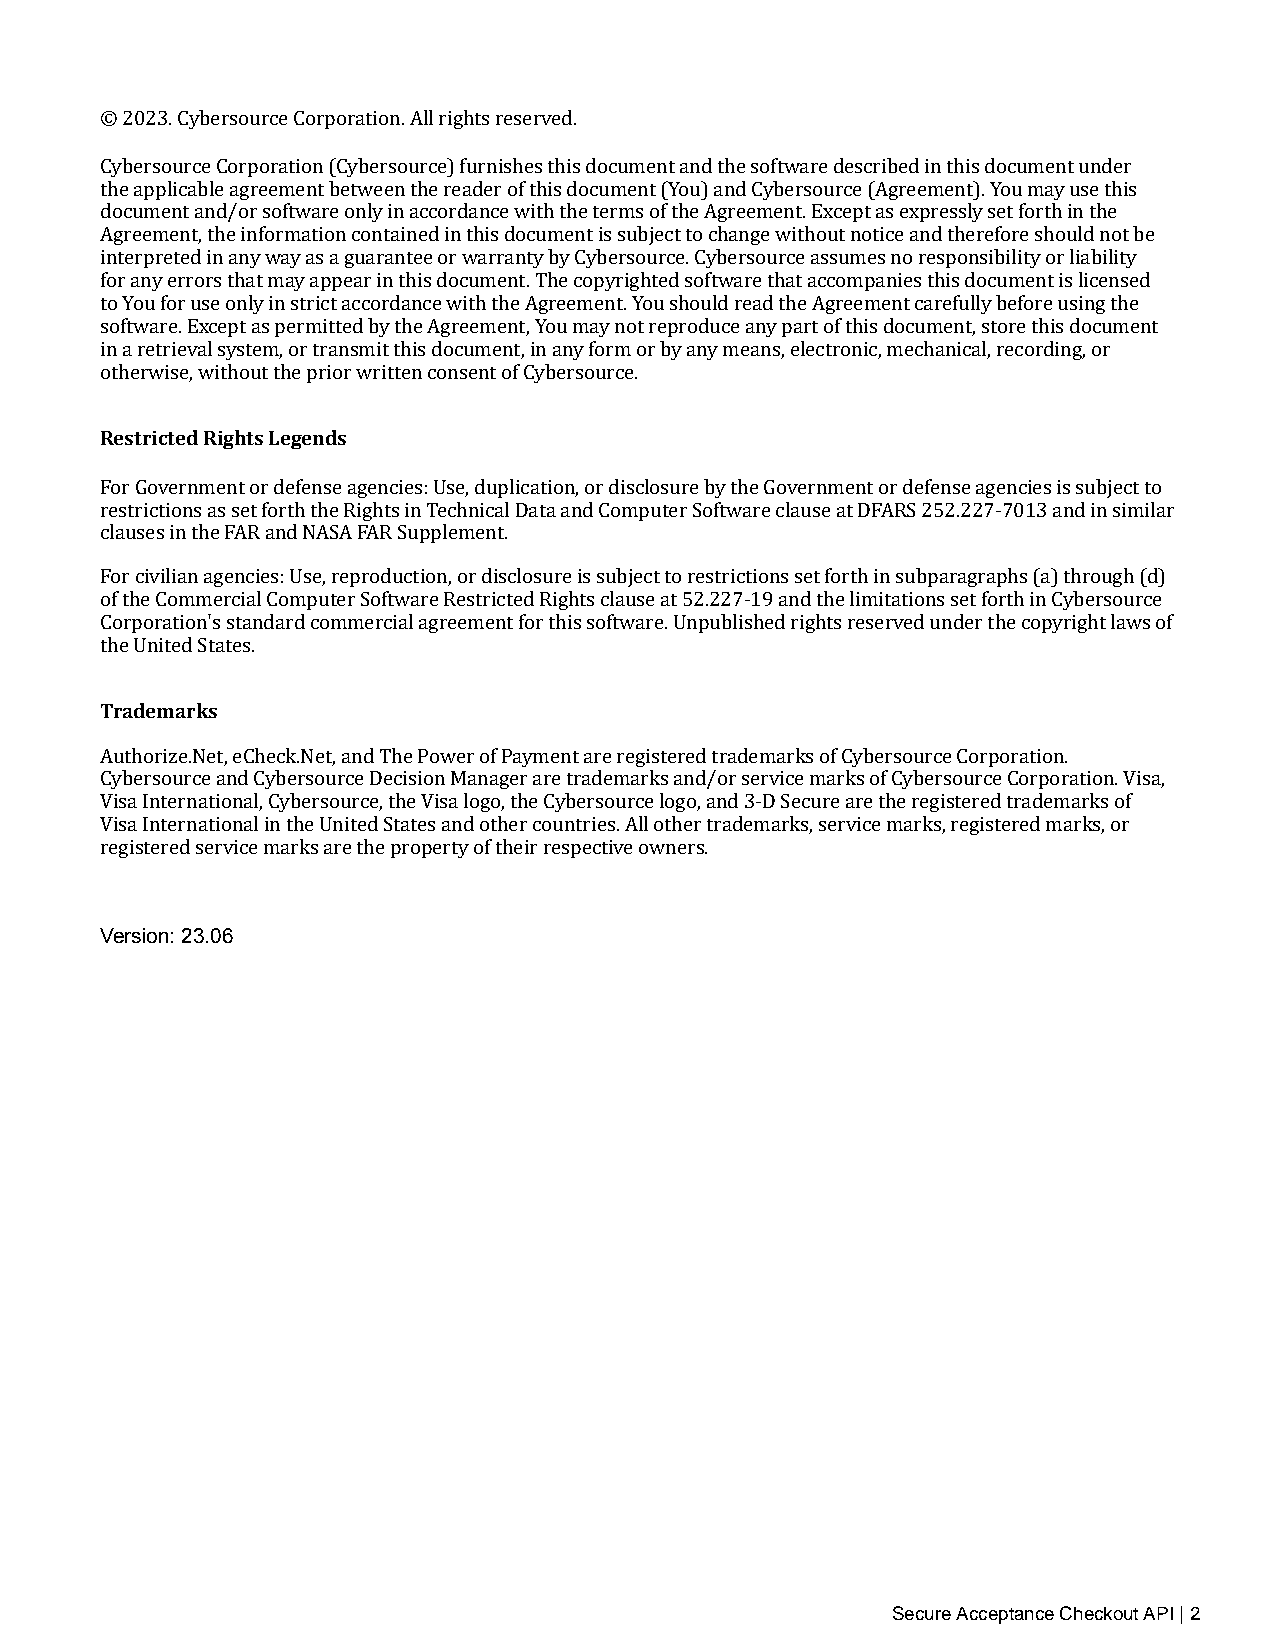
© 2023. Cybersource Corporation. All rights reserved.
 Cybersource Corporation (Cybersource) furnishes this document and the software described in this document under
 the applicable agreement between the reader of this document (You) and Cybersource (Agreement). You may use this
 document and/or software only in accordance with the terms of the Agreement. Except as expressly set forth in the
 Agreement, the information contained in this document is subject to change without notice and therefore should not be
 interpreted in any way as a guarantee or warranty by Cybersource. Cybersource assumes no responsibility or liability
 for any errors that may appear in this document. The copyrighted software that accompanies this document is licensed
 to You for use only in strict accordance with the Agreement. You should read the Agreement carefully before using the
 software. Except as permitted by the Agreement, You may not reproduce any part of this document, store this document
 in a retrieval system, or transmit this document, in any form or by any means, electronic, mechanical, recording, or
 otherwise, without the prior written consent of Cybersource.
 Restricted Rights Legends
 For Government or defense agencies: Use, duplication, or disclosure by the Government or defense agencies is subject to
 restrictions as set forth the Rights in Technical Data and Computer Software clause at DFARS 252.227‑7013 and in similar
 clauses in the FAR and NASA FAR Supplement.
 For civilian agencies: Use, reproduction, or disclosure is subject to restrictions set forth in subparagraphs (a) through (d)
 of the Commercial Computer Software Restricted Rights clause at 52.227‑19 and the limitations set forth in Cybersource
 Corporation's standard commercial agreement for this software. Unpublished rights reserved under the copyright laws of
 the United States.
 Trademarks
 Authorize.Net, eCheck.Net, and The Power of Payment are registered trademarks of Cybersource Corporation.
 Cybersource and Cybersource Decision Manager are trademarks and/or service marks of Cybersource Corporation. Visa,
 Visa International, Cybersource, the Visa logo, the Cybersource logo, and 3‑D Secure are the registered trademarks of
 Visa International in the United States and other countries. All other trademarks, service marks, registered marks, or
 registered service marks are the property of their respective owners.
 Version: 23.06
 Secure Acceptance Checkout API | 2